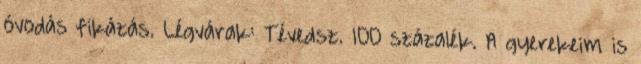
óvodás fikázás. Légvárak: Tévedsz. 100 százalék. A gyerekeim is